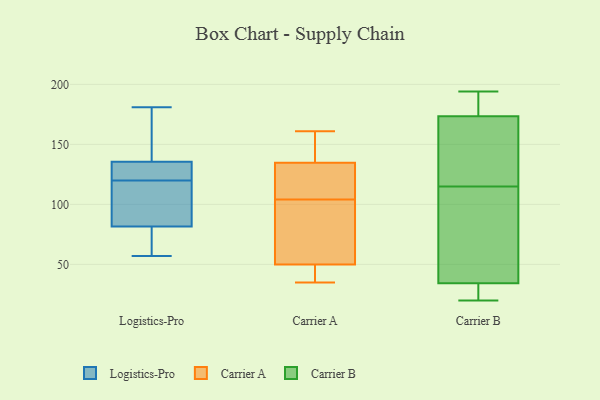
{"axis": {"x": "Active Users", "y": "Value"}, "legend": ["Carrier A", "Carrier B", "Logistics-Pro"], "data": [{"x": "", "y": 181, "type": "Logistics-Pro"}, {"x": "", "y": 57, "type": "Logistics-Pro"}, {"x": "", "y": 86, "type": "Logistics-Pro"}, {"x": "", "y": 62, "type": "Logistics-Pro"}, {"x": "", "y": 155, "type": "Logistics-Pro"}, {"x": "", "y": 80, "type": "Logistics-Pro"}, {"x": "", "y": 109, "type": "Logistics-Pro"}, {"x": "", "y": 139, "type": "Logistics-Pro"}, {"x": "", "y": 125, "type": "Logistics-Pro"}, {"x": "", "y": 123, "type": "Logistics-Pro"}, {"x": "", "y": 120, "type": "Logistics-Pro"}, {"x": "", "y": 116, "type": "Carrier A"}, {"x": "", "y": 50, "type": "Carrier A"}, {"x": "", "y": 161, "type": "Carrier A"}, {"x": "", "y": 149, "type": "Carrier A"}, {"x": "", "y": 35, "type": "Carrier A"}, {"x": "", "y": 50, "type": "Carrier A"}, {"x": "", "y": 137, "type": "Carrier A"}, {"x": "", "y": 159, "type": "Carrier A"}, {"x": "", "y": 128, "type": "Carrier A"}, {"x": "", "y": 46, "type": "Carrier A"}, {"x": "", "y": 103, "type": "Carrier A"}, {"x": "", "y": 104, "type": "Carrier A"}, {"x": "", "y": 117, "type": "Carrier A"}, {"x": "", "y": 80, "type": "Carrier A"}, {"x": "", "y": 41, "type": "Carrier A"}, {"x": "", "y": 181, "type": "Carrier B"}, {"x": "", "y": 194, "type": "Carrier B"}, {"x": "", "y": 25, "type": "Carrier B"}, {"x": "", "y": 115, "type": "Carrier B"}, {"x": "", "y": 20, "type": "Carrier B"}, {"x": "", "y": 184, "type": "Carrier B"}, {"x": "", "y": 151, "type": "Carrier B"}, {"x": "", "y": 38, "type": "Carrier B"}, {"x": "", "y": 60, "type": "Carrier B"}, {"x": "", "y": 128, "type": "Carrier B"}, {"x": "", "y": 33, "type": "Carrier B"}]}